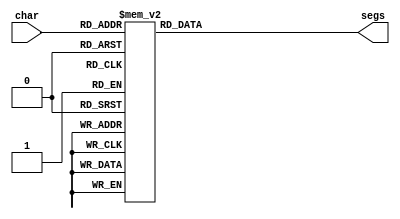
/*
   This file was generated automatically by the Mojo IDE version B1.3.6.
   Do not edit this file directly. Instead edit the original Lucid source.
   This is a temporary file and any changes made to it will be destroyed.
*/

module seven_seg_5 (
    input [3:0] char,
    output reg [7:0] segs
  );
  
  
  
  always @* begin
    
    case (char)
      1'h0: begin
        segs = 8'hff;
      end
      1'h1: begin
        segs = 7'h00;
      end
      2'h2: begin
        segs = 7'h6d;
      end
      2'h3: begin
        segs = 7'h71;
      end
      3'h4: begin
        segs = 7'h77;
      end
      3'h5: begin
        segs = 7'h30;
      end
      3'h6: begin
        segs = 7'h38;
      end
      3'h7: begin
        segs = 7'h73;
      end
      4'h8: begin
        segs = 7'h00;
      end
      4'h9: begin
        segs = 7'h00;
      end
      default: begin
        segs = 7'h00;
      end
    endcase
  end
endmodule